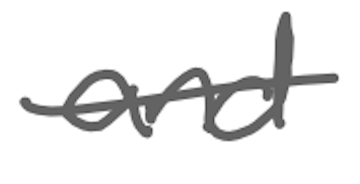
Text: and
Cross-out: single-line
Writing tool: digital_gray